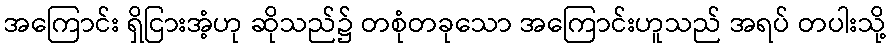
အကြောင်း ရှိငြားအံ့ဟု ဆိုသည်၌ တစုံတခုသော အကြောင်းဟူသည် အရပ် တပါးသို့